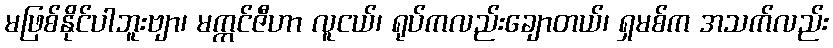
မဖြစ်နိုင်ပါဘူးဗျာ၊ မက္ကင်ဇီဟာ လူငယ်၊ ရုပ်ကလည်းချောတယ်၊ ရှမစ်က အသက်လည်း